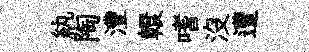
紈陶灃轘嗜没遭